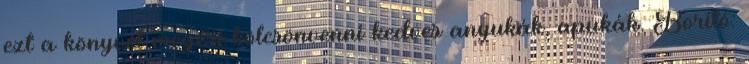
ezt a könyvet megéri kölcsönvenni kedves anyukák, apukák. Borító: